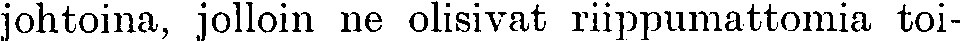
johtoina, jolloin ne olisivat riippumattomia toi-